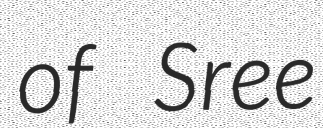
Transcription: of Sree